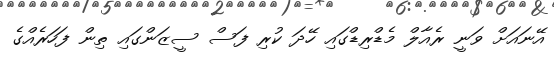
އޭނައަށް ވަނީ ރެއާލް މެޑްރިޑްގައި ހޭދަ ކުރި ފަސް ސީޒަންގައި ތިން ފަހަރެއްގެ